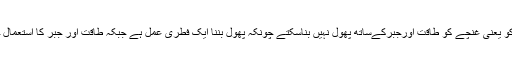
مثلاً ہم ایک''کلی''کو یعنی غنچے کو طاقت اورجبرکےساتھ پھول نہیں بناسکتے چونکہ پھول بننا ایک فطری عمل ہے جبکہ طاقت اور جبر کا استعمال خلافِ فطرت ہے۔